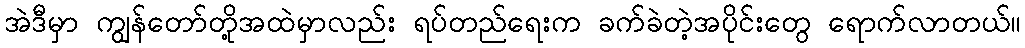
အဲဒီမှာ ကျွန်တော်တို့အထဲမှာလည်း ရပ်တည်ရေးက ခက်ခဲတဲ့အပိုင်းတွေ ရောက်လာတယ်။